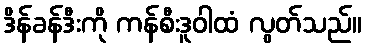
ဒိန်ခန်ဒီးကို ကန်စီးဒူဝါထံ လွတ်သည်။